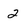
Character: 2